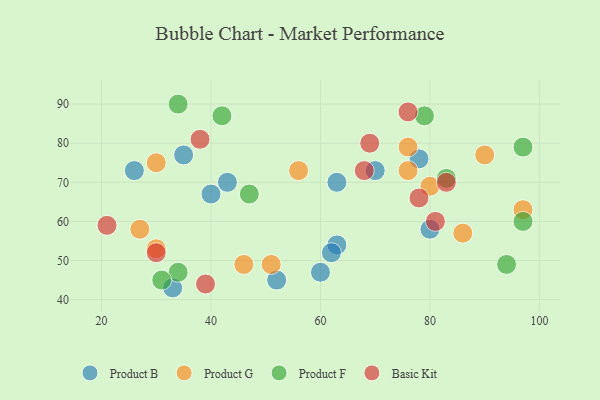
{"axis": {"x": "GDP", "y": "Life Expectancy"}, "legend": ["Basic Kit", "Product B", "Product F", "Product G"], "data": [{"x": "60", "y": 47, "type": "Product B"}, {"x": "63", "y": 54, "type": "Product B"}, {"x": "33", "y": 43, "type": "Product B"}, {"x": "62", "y": 52, "type": "Product B"}, {"x": "40", "y": 67, "type": "Product B"}, {"x": "63", "y": 70, "type": "Product B"}, {"x": "70", "y": 73, "type": "Product B"}, {"x": "80", "y": 58, "type": "Product B"}, {"x": "43", "y": 70, "type": "Product B"}, {"x": "78", "y": 76, "type": "Product B"}, {"x": "35", "y": 77, "type": "Product B"}, {"x": "26", "y": 73, "type": "Product B"}, {"x": "52", "y": 45, "type": "Product B"}, {"x": "30", "y": 53, "type": "Product G"}, {"x": "46", "y": 49, "type": "Product G"}, {"x": "86", "y": 57, "type": "Product G"}, {"x": "76", "y": 73, "type": "Product G"}, {"x": "51", "y": 49, "type": "Product G"}, {"x": "56", "y": 73, "type": "Product G"}, {"x": "80", "y": 69, "type": "Product G"}, {"x": "27", "y": 58, "type": "Product G"}, {"x": "30", "y": 75, "type": "Product G"}, {"x": "76", "y": 79, "type": "Product G"}, {"x": "97", "y": 63, "type": "Product G"}, {"x": "90", "y": 77, "type": "Product G"}, {"x": "83", "y": 71, "type": "Product F"}, {"x": "42", "y": 87, "type": "Product F"}, {"x": "34", "y": 47, "type": "Product F"}, {"x": "94", "y": 49, "type": "Product F"}, {"x": "97", "y": 60, "type": "Product F"}, {"x": "34", "y": 90, "type": "Product F"}, {"x": "97", "y": 79, "type": "Product F"}, {"x": "47", "y": 67, "type": "Product F"}, {"x": "31", "y": 45, "type": "Product F"}, {"x": "79", "y": 87, "type": "Product F"}, {"x": "21", "y": 59, "type": "Basic Kit"}, {"x": "76", "y": 88, "type": "Basic Kit"}, {"x": "39", "y": 44, "type": "Basic Kit"}, {"x": "68", "y": 73, "type": "Basic Kit"}, {"x": "30", "y": 52, "type": "Basic Kit"}, {"x": "69", "y": 80, "type": "Basic Kit"}, {"x": "78", "y": 66, "type": "Basic Kit"}, {"x": "38", "y": 81, "type": "Basic Kit"}, {"x": "83", "y": 70, "type": "Basic Kit"}, {"x": "81", "y": 60, "type": "Basic Kit"}]}